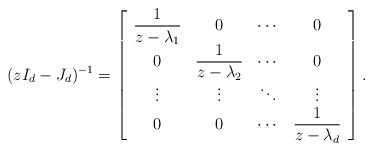
\begin{align*}(zI_d-J_d)^{-1}= \left[ \begin{array}{cccc} \displaystyle{\frac{1}{z-\lambda_1}}& 0 & \cdots & 0\\0 & \displaystyle{\frac{1}{z-\lambda_2}} & \cdots & 0\\\vdots& \vdots& \ddots & \vdots\\0 & 0 & \cdots &\displaystyle{\frac{1}{z-\lambda_d}}\\\end{array}\right].\end{align*}